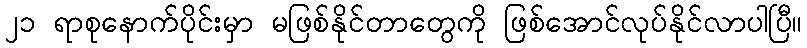
၂၁ ရာစုနောက်ပိုင်းမှာ မဖြစ်နိုင်တာတွေကို ဖြစ်အောင်လုပ်နိုင်လာပါပြီ။